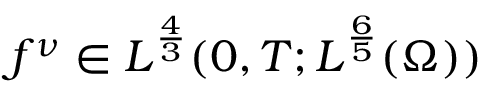
f ^ { \nu } \in L ^ { \frac 4 3 } ( 0 , T ; L ^ { \frac 6 5 } ( \Omega ) )